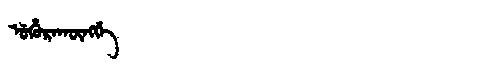
Manchu: ᡠᡥᡠᡵᠠᡴᡡᠩᡤᡝ
Romanization: UHURAKŪNGGE